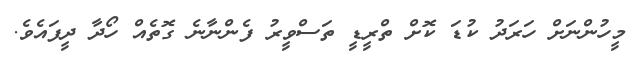
މީހުންނަށް ހަރަދު ކުޑަ ކޮށް ތްރީޑީ ތަސްވީރު ފެންނާނެ ގޮތެއް ހޯދާ ދީފައެވެ.